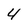
Character: 4